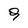
Character: 9